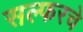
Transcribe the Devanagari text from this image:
सल्फरचे